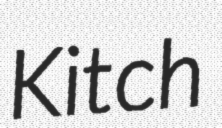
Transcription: Kitch